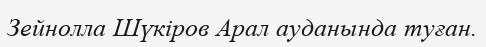
Зейнолла Шүкіров Арал ауданында туған.